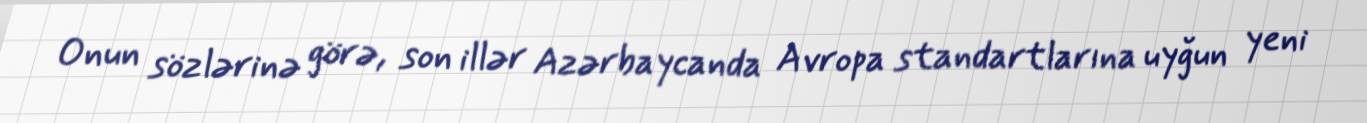
Onun sözlərinə görə, son illər Azərbaycanda Avropa standartlarına uyğun yeni